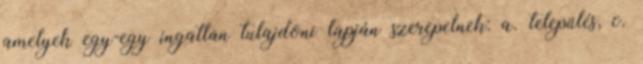
amelyek egy-egy ingatlan tulajdoni lapján szerepelnek: a. település, c.